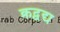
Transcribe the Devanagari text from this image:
क्रद्वद्य